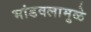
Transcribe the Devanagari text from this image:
भांडवलामुळे